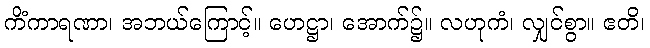
ကိံကာရဏာ၊ အဘယ်ကြောင့်။ ဟေဋ္ဌာ၊ အောက်၌။ လဟုကံ၊ လျှင်စွာ။ ဧတိ၊